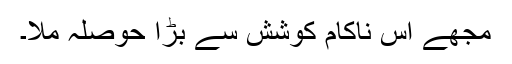
مجھے اس ناکام کوشش سے بڑا حوصلہ ملا۔